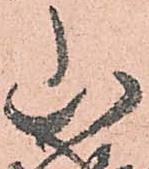
山